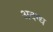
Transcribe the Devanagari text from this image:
अदग्ध